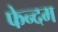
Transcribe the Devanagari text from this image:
फेन्दम